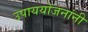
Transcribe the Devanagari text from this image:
उपाययोजनांनी